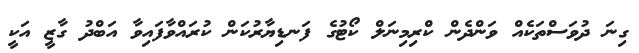
ގިނަ ދުވަސްތަކެއް ވަންދެން ކްރިމިނަލް ކޯޓުގެ ފަނޑިޔާރުކަން ކުރައްވާފައިވާ އަބްދު ގާޒީ އަކީ